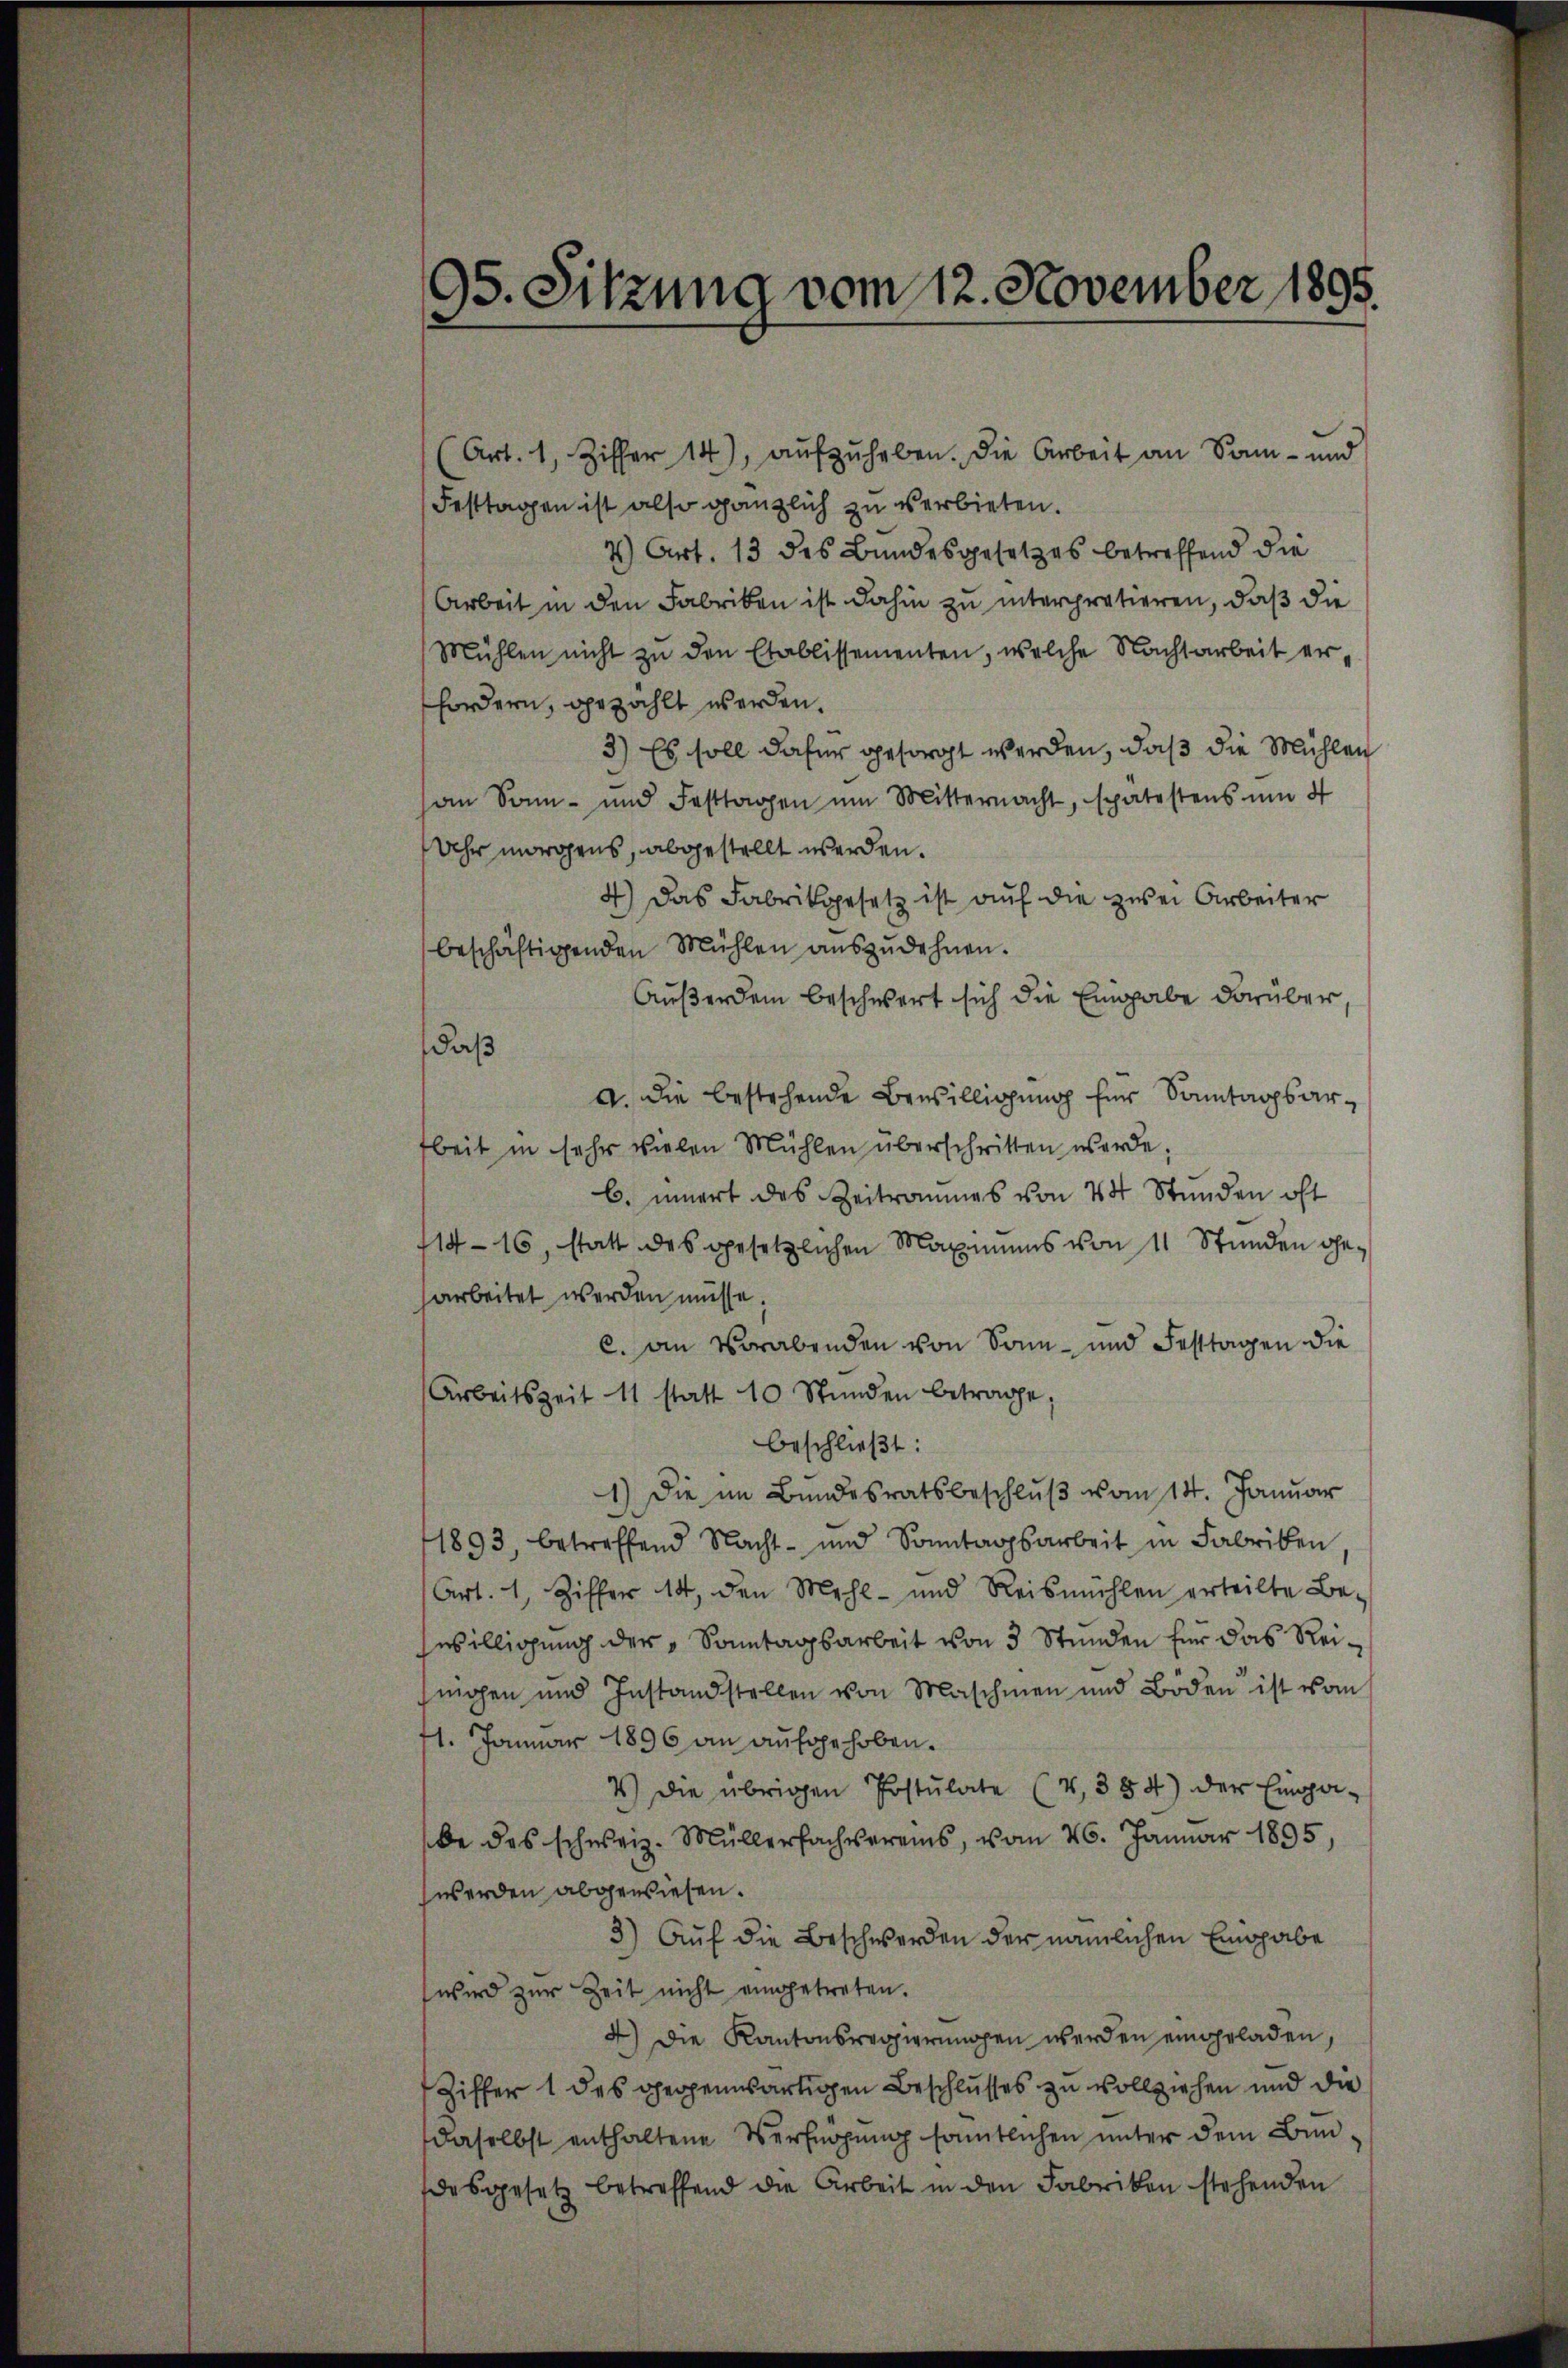
95. Sitzung vom 12. November 1895.
2

(Art. 1, Ziffer 14), aŭfzŭheben. Die Arbeit an Sonn- und
Festtagen ist also gänzlich zu verbieten.
7) Art. 13 des Bundesgesetzes betreffend die
Arbeit in den Fabriken ist dahin zu interpretieren, daß die
Mühlen nicht zu den Etablissementen, welche Nachtarbeit erfordern, gezahlt werden.
3) Es soll dafür gesorgt werden, daß die Mühlen
an Sonn- und Festtagen um Mitternacht, spätestens ŭm 4
Uhr morgens, abgestellt werden.
4.) Das Fabrikgesetz ist auf die zwei Arbeiter
beschäftigenden Mühlen aŭszŭdehnen.
Außerdem beschwert sich die Eingabe darüber
daß
a. die bestehende Bewilligung für Sonntagsarbeit in sehr vielen Mühlen überschritten werde.
b. innert des Zeitraumes von 4 Stunden oft
14-16, statt des gesetzlichen Maximums von 11 Stŭnden ge-
arbeitet werden müsse.
c. an Vorabenden von Sonn- und Festtagen die
Arbeitszeit 11 statt 10 Stunden betrage
beschließt:
1.) Die im Bundesratsbeschluß vom 14. Januar
1893, betreffend Nacht- und Sonntagsarbeit in Fabriken
Art. 1, Ziffer 14, den Mehl- und Reismühlen erteilte Be-
willigung der "Sonntagsarbeit von 3 Stunden für das Reinigen und Instandstellen von Maschien und Böden ist vom
1. Januar 1896 an aufgehoben.
4.) Die übrigen Postulate (4. 384) der Eingabe des schweiz. Müllerfachvereins, vom 26. Januar 1895,
werden abgewiesen.
3) Auf die Beschwerden der nämlichen Eingabe
wird zur Zeit nicht eingetreten.
4) Die Kantonsregierungen werden eingeladen,
Ziffer 1 des gegenwärtigen Beschlusses zu vollziehen und die
daselbst enthaltene Verfügung sämmtlichen unter dem Bundesgesetz betreffend die Arbeit in den Fabriken stehenden